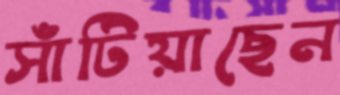
সাঁটিয়াছেন